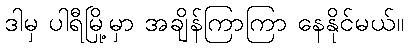
ဒါမှ ပါရီမြို့မှာ အချိန်ကြာကြာ နေနိုင်မယ်။